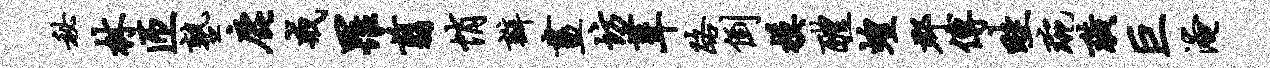
秘林匝塾鹿戒罹翦悄瓣画坊葺路倒模醴蝗郡傅畦琬璜巨淹